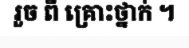
រួច ពី គ្រោះថ្នាក់ ។